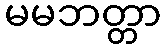
မမဘတ္တာ